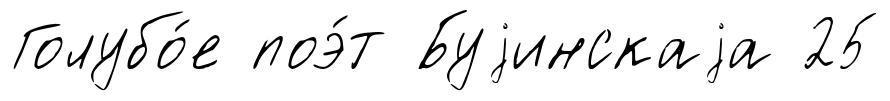
Голубо́е поэ́т Буjинскаjа 25